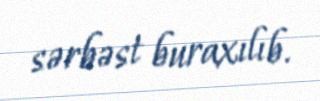
sərbəst buraxılıb.